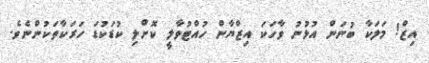
އިޒް! މަލަކާ ބުނަން އުޅުނު ވާހަކަ އިޒްޔާން ހުއްޓުވާލީ ކޮށްލި ކުޑަކުޑަ ހަރަކާތަކުންނެވެ.